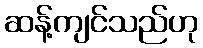
ဆန့်ကျင်သည်ဟု